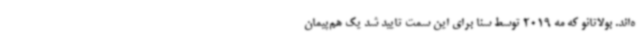
ه‌اند. بولاتائو که مه 2019 توسط سنا برای این سمت تایید شد یک هم‌پیمان